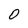
Character: 0